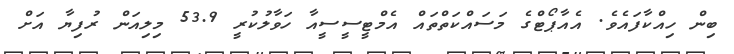
ބިން ހިއްކާފައެވެ. އެއާޕޯޓްގެ މަސައްކަތްތައް އެމްޓީސީސީއާ ހަވާލުކުރީ 53.9 މިލިއަން ރުފިޔާ އަށް